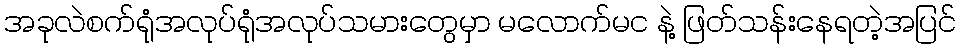
အခုလဲစက်ရုံအလုပ်ရုံအလုပ်သမားတွေမှာ မလောက်မင နဲ့ ဖြတ်သန်းနေရတဲ့အပြင်